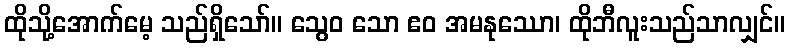
ထိုသို့အောက်မေ့ သည်ရှိသော်။ သွေဝ သော ဧဝ အမနုဿော၊ ထိုဘီလူးသည်သာလျှင်။